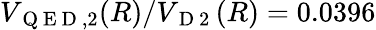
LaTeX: V_{\mathrm{~Q~E~D~},2}(R)/V_{\mathrm{~D~2~}}(R)=0.0396